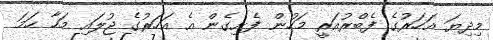
މިދިޔަ އަހަރުގެ ފެބްރުއަރީ މަހުން ފެށިގެން އެ އަހަރުގެ ޖުލައި މަހާ ހަމަ